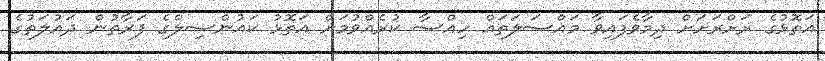
އަތޮޅުގެ ރަށްރަށަށް ދިމާވެފައިވާ މައްސަލަތައް ހިއްސާ ކުރެއްވުމަށް އަތޮޅު ކައުންސިލްގެ ފަރާތުން ދައުލަތުގެ